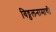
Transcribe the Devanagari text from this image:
विठ्ठलनामाची